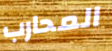
المحارب